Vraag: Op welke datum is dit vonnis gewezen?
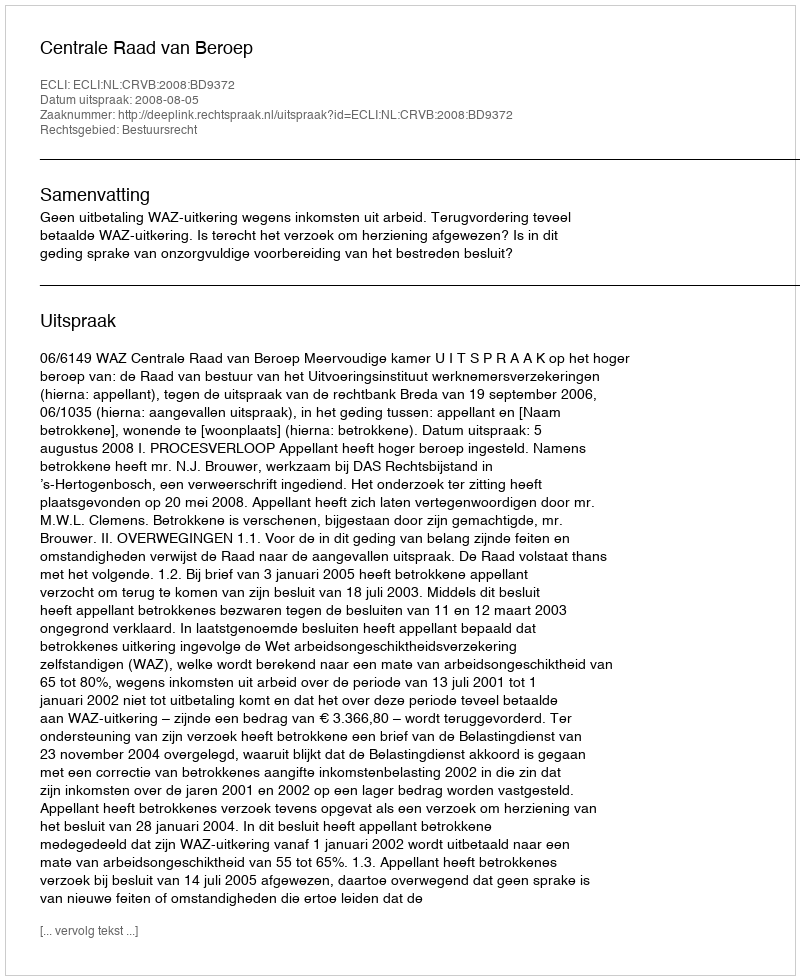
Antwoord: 2008-08-05